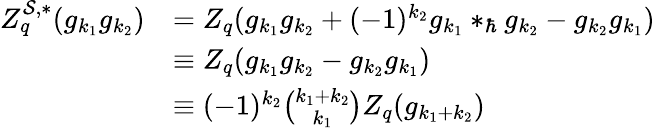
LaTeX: \begin{array}{rl}{Z_{q}^{\mathcal{S},\ast}(g_{k_{1}}g_{k_{2}})}&{=Z_{q}(g_{k_{1}}g_{k_{2}}+(-1)^{k_{2}}g_{k_{1}}\ast_{\hbar}g_{k_{2}}-g_{k_{2}}g_{k_{1}})}\\ &{\equiv Z_{q}(g_{k_{1}}g_{k_{2}}-g_{k_{2}}g_{k_{1}})}\\ &{\equiv(-1)^{k_{2}}\binom{k_{1}+k_{2}}{k_{1}}Z_{q}(g_{k_{1}+k_{2}})}\end{array}